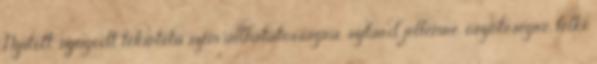
Nyitott, nyugodt tekintetű szem állhatatosságra, szilárd jellemre, őszinteségre, lelki